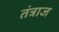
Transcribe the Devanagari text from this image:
तंत्राज